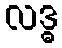
လဒ္ဓ